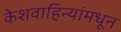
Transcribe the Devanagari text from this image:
केशवाहिन्यांमधून